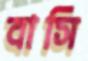
বাসি